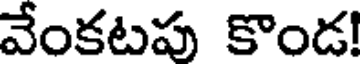
వేంకటపు కొండ!